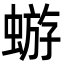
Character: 蝣